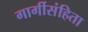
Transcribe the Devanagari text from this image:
गार्गीसंहिता